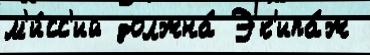
м'и́сс'ий должна́ Эк'ипа́ж